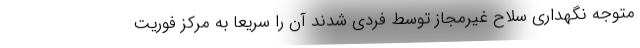
متوجه نگهداری سلاح غیرمجاز توسط فردی شدند آن را سریعا به مرکز فوریت